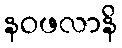
နဝဖလာနိ